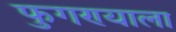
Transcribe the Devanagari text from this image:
फुगण्याला